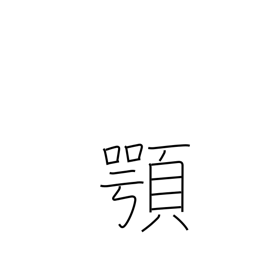
Meaning: jaw